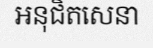
អនុជិតសេនា